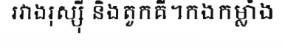
រវាងរុស្ស៊ី និងតួកគី។កងកម្លាំង